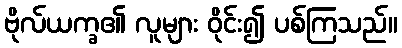
ဗိုလ်ယက္ခ၏ လူများ ဝိုင်း၍ ပစ်ကြသည်။